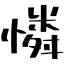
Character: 憐